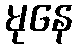
မုနေ